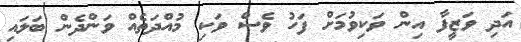
އަދި ވަޒީފާ އިން ވަކިވުމަށް ފަހު ވެސް ވަކި މުއްދަތެއް ވަންދެން ބަލައި